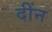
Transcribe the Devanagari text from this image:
दींन